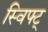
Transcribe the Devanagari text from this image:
स्विफ्ट्